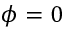
\phi = 0